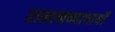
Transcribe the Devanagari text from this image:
रामानन्दाचार्यों